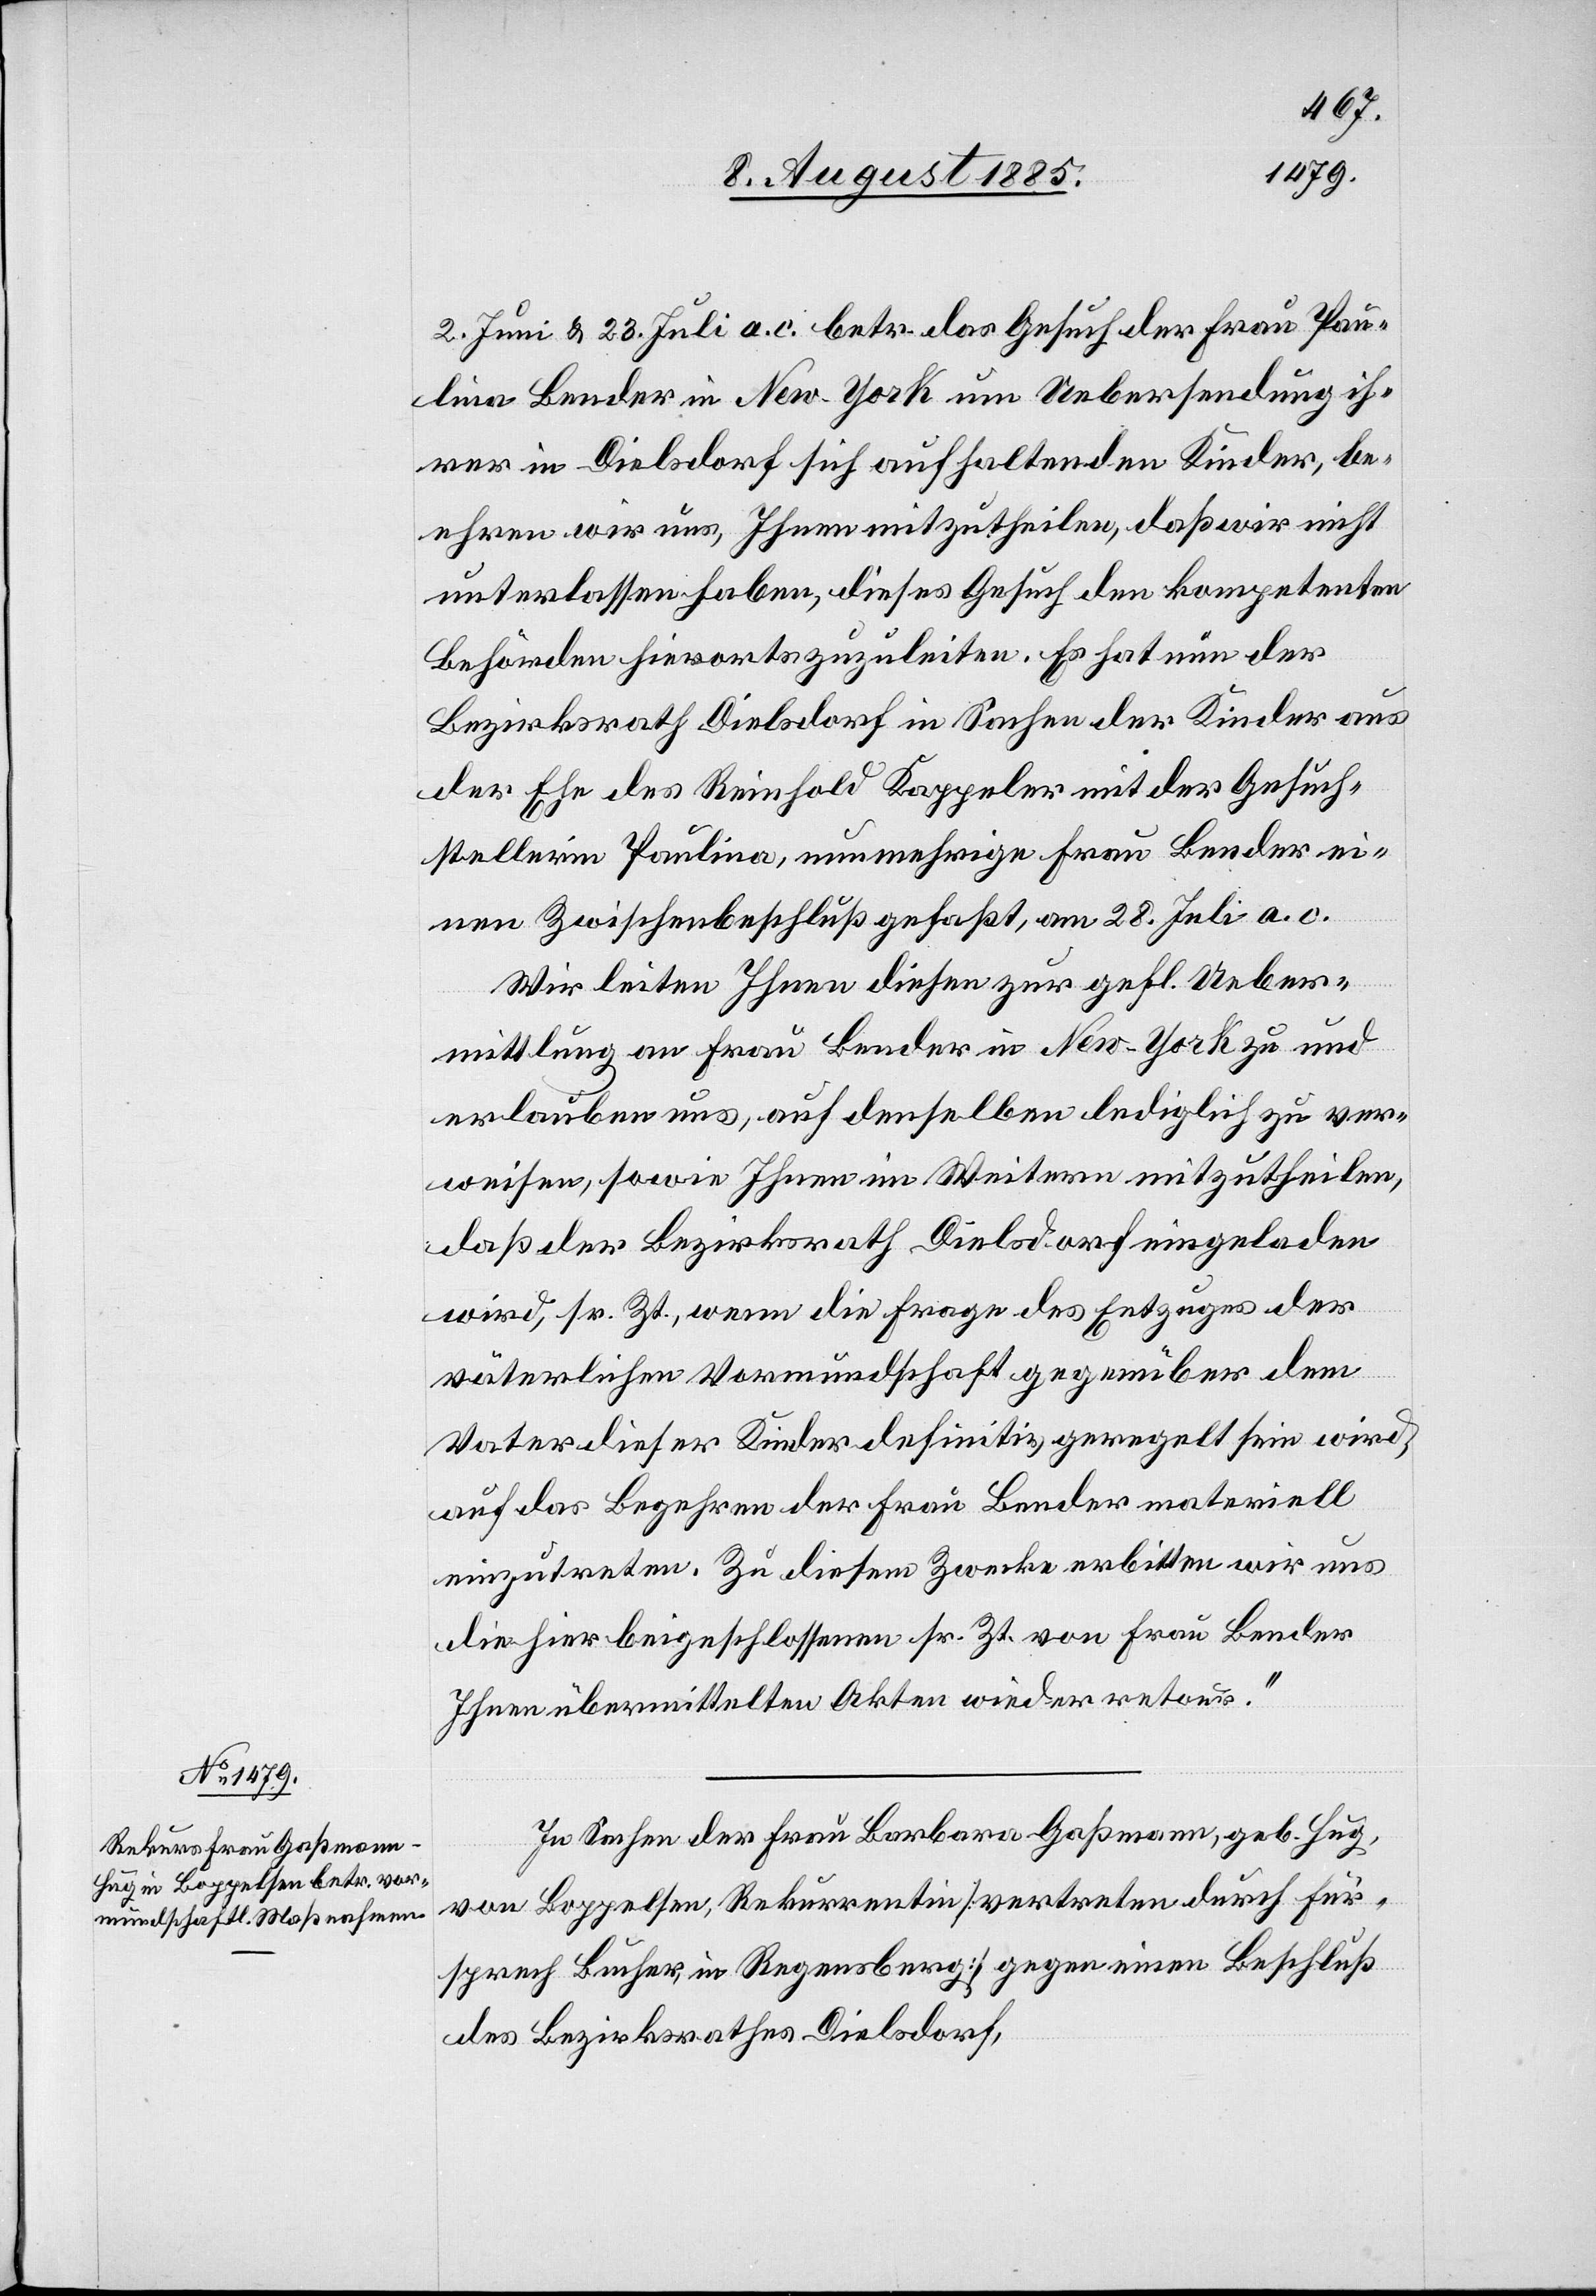
2. Juni & 23. Juli a. c. betr. das Gesuch der Frau Pau¬
lina Bender in New York um Uebersendung ih¬
rer in Dielsdorf sich aufhaltenden Kinder, be¬
ehren wir uns Ihnen mitzutheilen, daß wir nicht
unterlassen haben, dieses Gesuch den kompetenten
Behörden hierorts zuzuleiten. Es hat nun der
Bezirksrath Dielsdorf in Sachen der Kinder aus
der Ehe des Reinhold Kappeler mit der Gesuch¬
stellerin Paulina, nunmehrige Frau Bender ei¬
nen Zwischenbeschluß gefaßt, am 28. Juli a. c.
Wir leiten Ihnen diesen zur gefl. Ueber¬
mittlung an Frau Bender in New York zu und
erlauben uns, auf denselben lediglich zu ver¬
weisen, sowie Ihnen im Weitern mitzutheilen,
daß der Bezirksrath Dielsdorf eingeladen
wird, sr. Zt., wenn die Frage des Entzuges der
väterlichen Vormundschaft gegenüber dem
Vater dieser Kinder definitiv geregelt sein wird,
auf das Begehren der Frau Bender materiell
einzutreten. Zu diesem Zwecke erbitten wir uns
die hier beigeschlossenen sr. Zt. von Frau Bender
Ihnen übermittelten Akten wieder retour.“
In Sachen der Frau Barbara Gaßmann, geb. Hug,
von Boppelsen, Rekurrentin [vertreten durch Für¬
sprech Bucher, in Regensberg] gegen einen Beschluß
des Bezirksrath Dielsdorf